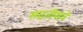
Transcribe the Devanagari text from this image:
सदतीसवे